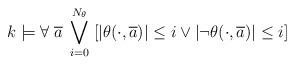
LaTeX: \begin{align*}k\models \forall \; \overline{a} \; \bigvee_{i=0}^{N_{\theta}} \; [\left| \theta(\cdot, \overline{a})\right|\leq i \vee \left| \neg\theta(\cdot, \overline{a})\right|\leq i]\end{align*}